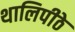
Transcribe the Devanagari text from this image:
थालिपीठे